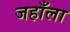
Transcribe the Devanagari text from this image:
जहाँला